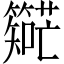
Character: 𬕼